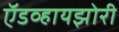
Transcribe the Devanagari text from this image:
ऍडव्हायझोरी